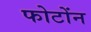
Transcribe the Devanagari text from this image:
फोटोंन